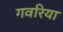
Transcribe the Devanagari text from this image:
गवरिया